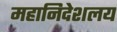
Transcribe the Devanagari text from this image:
महानिदेशलय